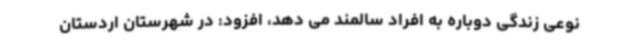
نوعی زندگی دوباره به افراد سالمند می دهد، افزود: در شهرستان اردستان